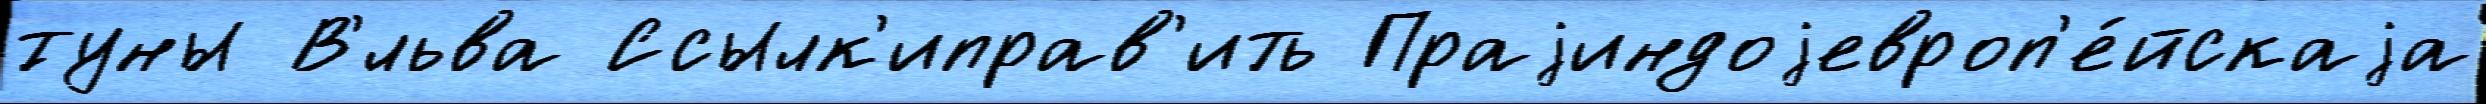
́туны В'́льва Ссылк'иправ'ить Праjиндоjевроп'е́йскаjа